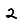
Digit: 2